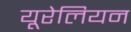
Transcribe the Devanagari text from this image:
यूरेलियन